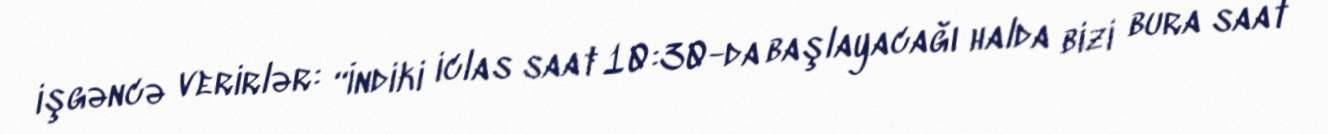
işgəncə verirlər: “İndiki iclas saat 10:30-da başlayacağı halda bizi bura saat